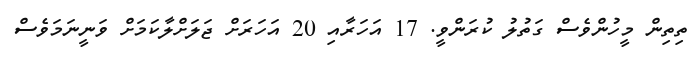
ތިތިން މީހުންވެސް ގަތުލު ކުރަންވީ. 17 އަހަރާއި 20 އަހަރަށް ޖަލަށްލާކަމަށް ވަނީނަމަވެސް